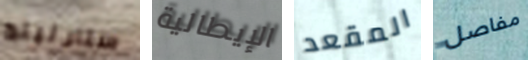
ستارلينج الإيطالية المقعد مفاصل